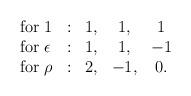
LaTeX: \begin{align*} \begin{array}{lcccc} {\rm for~} 1 & : & 1, & 1, & 1 \\ {\rm for~}\epsilon & : & 1, & 1, & -1 \\ {\rm for~}\rho & : & 2, & -1, & 0 . \end{array}\end{align*}